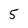
Character: 5